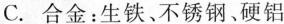
C.合金：生铁、不锈钢、硬铝